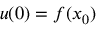
u ( 0 ) = f ( x _ { 0 } )